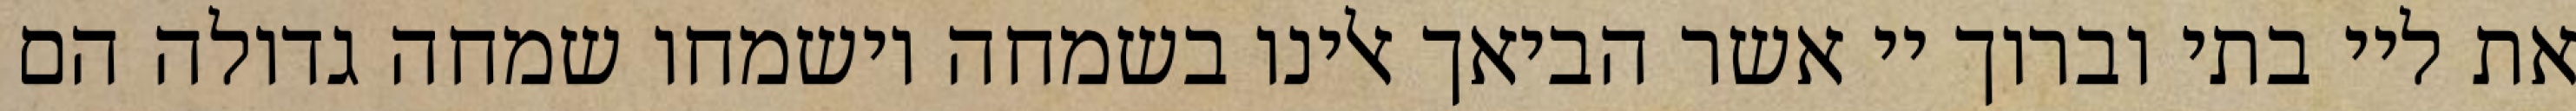
את ליי בתי וברוך יי אשר הביאך אלינו בשמחה וישמחו שמחה גדולה הם